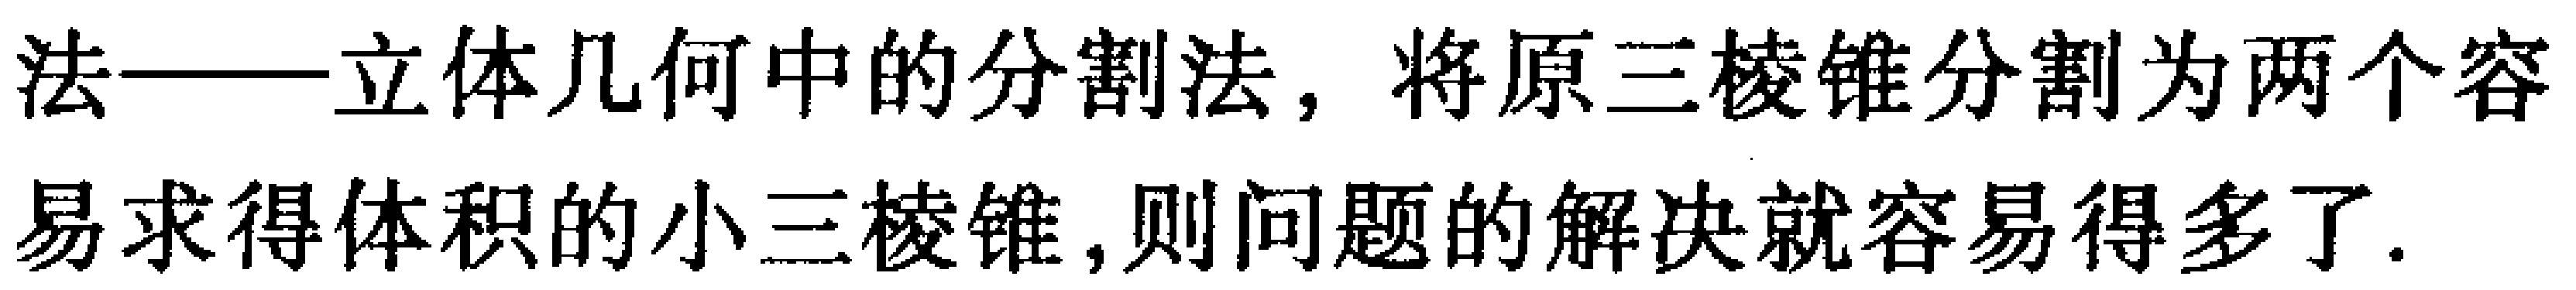
法——立体几何中的分割法，将原三棱锥分割为两个容易求得体积的小三棱锥,则问题的解决就容易得多了.